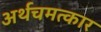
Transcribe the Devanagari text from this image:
अर्थचमत्कार